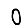
Digit: 0